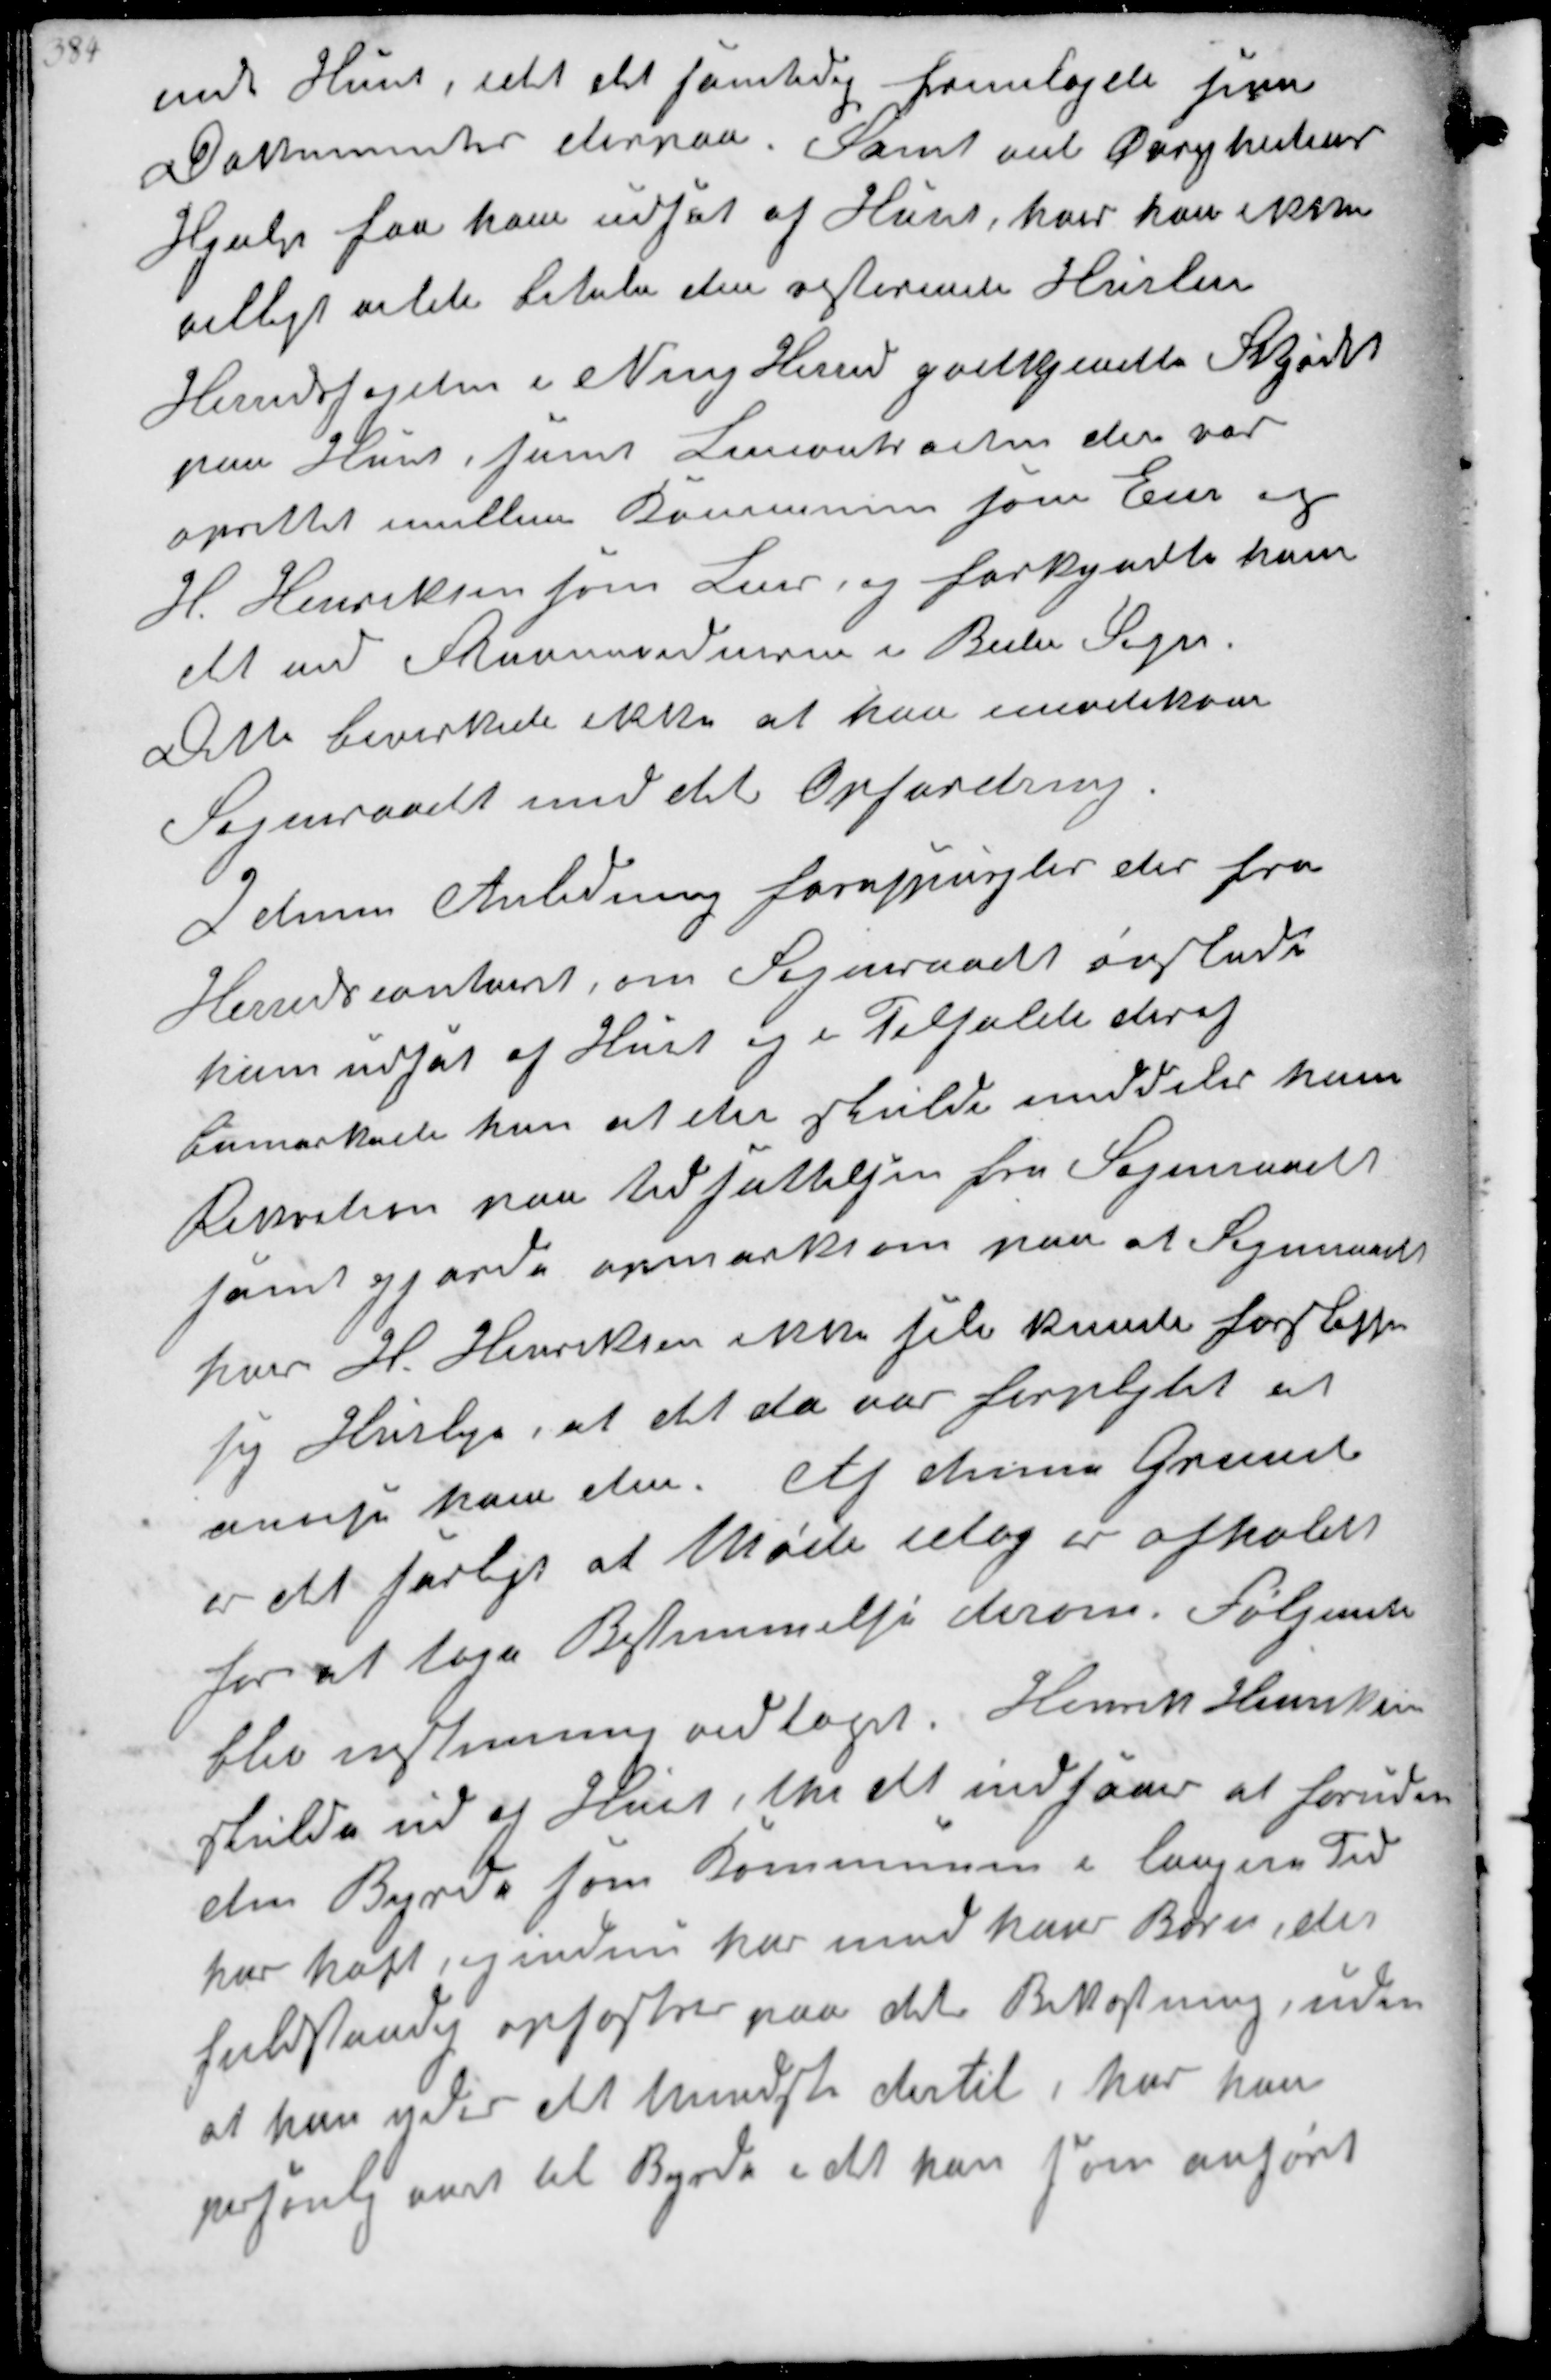
Transskription:
Huus, idet det samtidig fremlagde sine
Dokumenter derpaa. Samt ved Øvrighedens
Hjælp paa ham udsat af Huus, hvis han ikke
villigt vilde betale den resterende Husleje
Herredsfogden i Ning Herred godkjendte Skjødet
paa Huus, samt Lejekontrakten der var
oprettet imellem Kommunen som Ejer og
H. Henriksen som Lejer, og forkyndte ham
det ved  i Beder Sogn
Dette bevirkede ikke at han imødekom
Sogneraadet med dets Opfordning

I denne Anledning forespurgtes der fra
Herredskontoret, om Sogneraadet ønskede
ham udsat af Huset og i Tilfælde deraf
bemærkede han at der skulde meddeles ham
Repretion paa Udsættelsen fra Sogneraadet
samt gjorde opmærksom paa at Sogneraadet
hvor H. Henriksen ikke selv kunde forskaffe
sig Husleje, at det da var forpligtet at
 ham dem. Af denne Grund
er det farligt at Møde idag er afholdt
for at tage Bestemmelse derom Følgende
blev enstemmig vedtaget. Henrik Henriksen
skulde ud af Huset, thi det indsaaes at foruden
de Byrde som Kommunen i længere Tid
har haft, og endnu har med hans Børn, der
fuldstændig opfostres paa dets Bekostning, uden
at han yder det mindste dertil, har han
personlig været til Byrde i det han som anført